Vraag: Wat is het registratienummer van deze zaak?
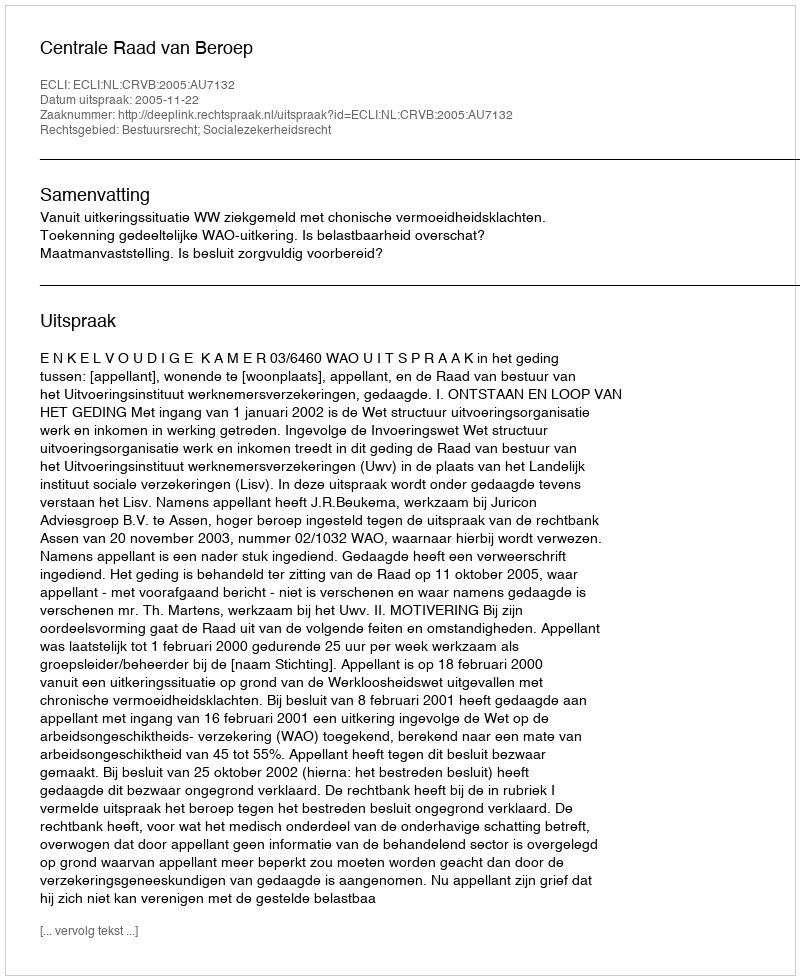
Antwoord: http://deeplink.rechtspraak.nl/uitspraak?id=ECLI:NL:CRVB:2005:AU7132